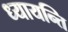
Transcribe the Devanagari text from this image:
ध्यायन्ति